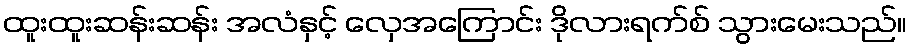
ထူးထူးဆန်းဆန်း အလံနှင့် လှေအကြောင်း ဒိုလားရက်စ် သွားမေးသည်။